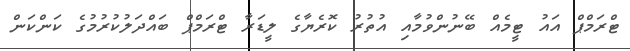
ޓްރަމްޕް އައު ޓީމެއް ބޭނުންވުމާއި އުތުރު ކޮރެޔާގެ ލީޑަރާ ޓްރަމްޕް ބައްދަލުކުރުމުގެ ކަންކަން